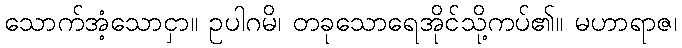
သောက်အံ့သောငှာ။ ဥပါဂမိ၊ တခုသောရေအိုင်သို့ကပ်၏။ မဟာရာဇ၊